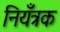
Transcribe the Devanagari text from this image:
नियँत्रक